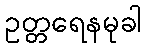
ဥတ္တရေနမုခါ